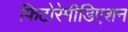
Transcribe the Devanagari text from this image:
फिटोरेमीडिएशन